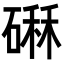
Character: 𥕆